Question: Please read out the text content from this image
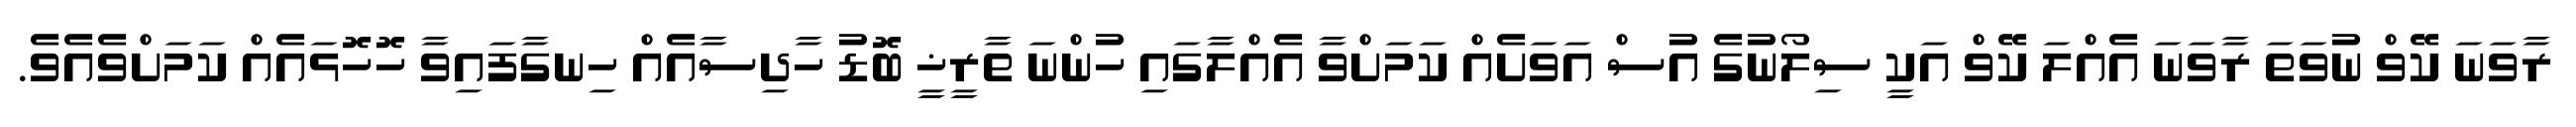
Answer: ރާވަނަ ކޭވް ނުވަތަ ރާވަނަ އެއްލަ ކޭވް އަކީ ސިލޯނުގެ އުސް އަވަށެއް ކަމަށްވާ އެއްލާގައި ހުންނަ ތާރީޚީ ބޮޑު ހާދިސާއެއް ހިނގާފައިވާ ހޮހޮޅައެއް ކަމަށްވެއެވެ.